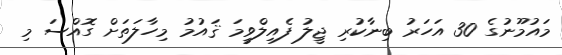
މައުމޫނުގެ 30 އަހަރު ބިނާކުރި ޖީލު ފެއިލްވީމަ ޤައުމު މިހާލަތަށް ގޮއްސަ މި